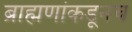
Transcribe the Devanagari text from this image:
ब्राह्मणांकडूनच